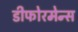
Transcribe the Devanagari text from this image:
डीफोरमेन्स